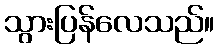
သွားပြန်လေသည်။